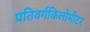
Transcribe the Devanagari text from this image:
प्रतिवर्गकिलोमीटर